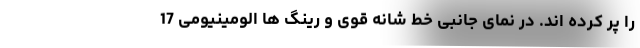
را پر کرده اند. در نمای جانبی خط شانه قوی و رینگ ها الومینیومی 17